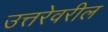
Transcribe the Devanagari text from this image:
उत्तरेवरील